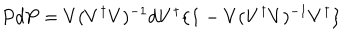
P d P = V ( V ^ { \dagger } V ) ^ { - 1 } d V ^ { \dagger } \{ { \bf 1 } - V ( V ^ { \dagger } V ) ^ { - 1 } V ^ { \dagger } \}